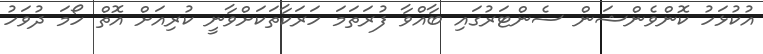
އުކުޅަހު ކޮންވެންޝަން ސެންޓަރުގައި ބާއްވާ ފުރަތަމަ ހަރަކާތަކަށްވާނީ ކުރިއަށް އޮތް ހޯމަ ދުވަހު